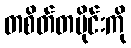
တစိတ်တပိုင်းကို